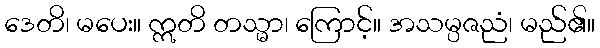
ဒေတိ၊ မပေး။ ဣတိ တသ္မာ၊ ကြောင့်။ အသမ္ပဇညံ၊ မည်၏။